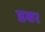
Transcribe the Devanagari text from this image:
डबर